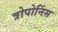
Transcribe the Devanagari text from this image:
त्रोपोनिंस